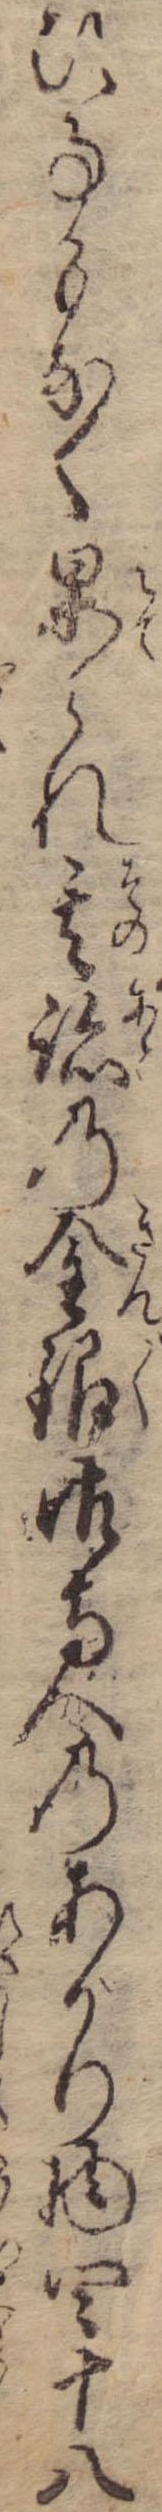
ひ事もなく果られ其跡の金銀御寺へのあがり物四十八